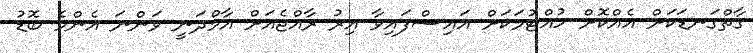
ގާތްގަނޑަކަށް އެއްކޮށް ހުއްޓުމަކަށް އައިސްފައިވާ އިރު ރާއްޖެއަށް އާމްދަނީ ވަންނަ އެންމެ ބޮޑު